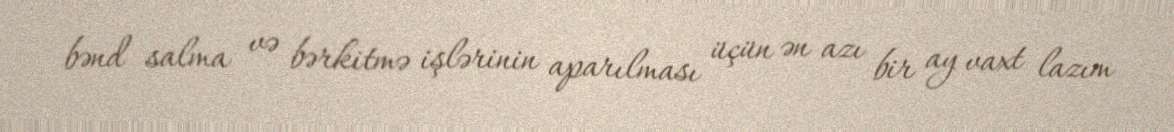
bənd salma və bərkitmə işlərinin aparılması üçün ən azı bir ay vaxt lazım